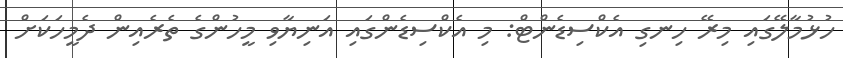
ހުޅުމާލޭގައި މިރޭ ހިނގި އެކްސިޑެންޓް: މި އެކްސިޑެންގައި އަނިޔާވި މީހުންގެ ތެރެއިން ދެމީހަކަށް